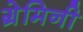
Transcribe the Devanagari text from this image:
ग्रेमिनी